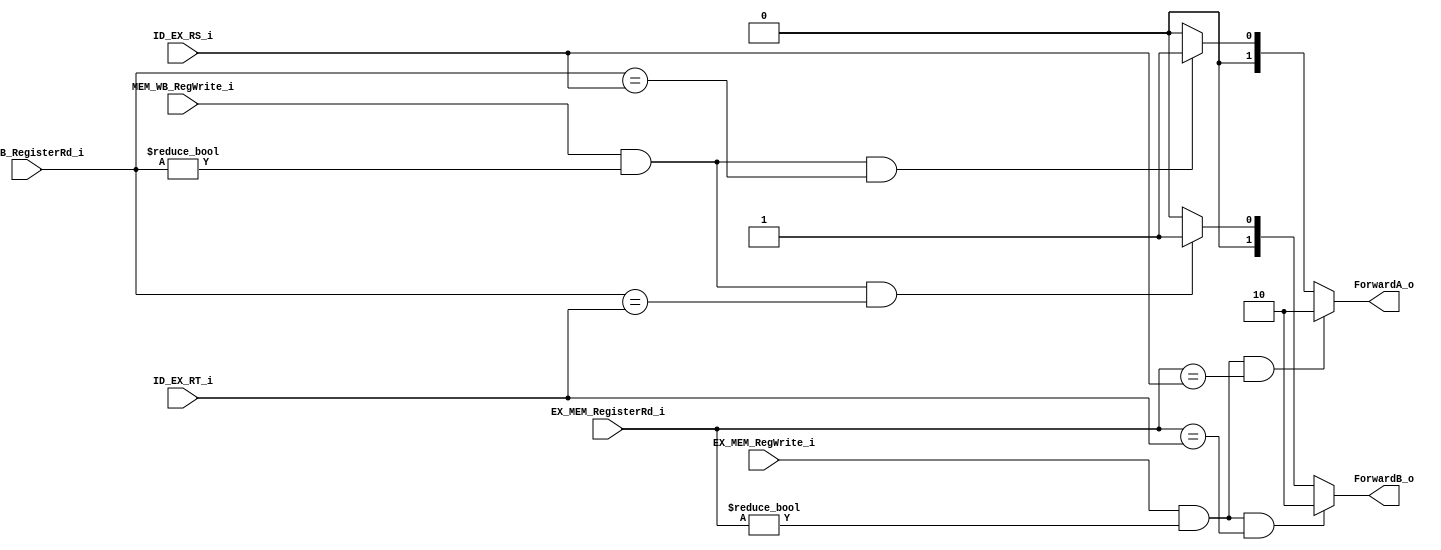
module Forwarding_Unit(
    EX_MEM_RegisterRd_i ,
    EX_MEM_RegWrite_i   ,
    MEM_WB_RegisterRd_i ,
    MEM_WB_RegWrite_i   ,
    ID_EX_RS_i ,
    ID_EX_RT_i ,
    ForwardA_o  ,
    ForwardB_o  ,
);

input   EX_MEM_RegWrite_i, MEM_WB_RegWrite_i;
input   [4:0]  EX_MEM_RegisterRd_i, MEM_WB_RegisterRd_i;
input   [4:0]  ID_EX_RS_i, ID_EX_RT_i;
output reg  [1:0]  ForwardA_o;
output reg  [1:0]  ForwardB_o;

always @(EX_MEM_RegisterRd_i or EX_MEM_RegWrite_i or MEM_WB_RegisterRd_i or MEM_WB_RegWrite_i or ID_EX_RS_i or ID_EX_RT_i) begin
    ForwardA_o <= 2'b00; 
    ForwardB_o <= 2'b00;
    if (EX_MEM_RegWrite_i == 1'b1 && EX_MEM_RegisterRd_i != 5'b0 && EX_MEM_RegisterRd_i == ID_EX_RS_i) begin
        ForwardA_o <= 2'b10; 
    end
    else if (MEM_WB_RegWrite_i == 1'b1 && MEM_WB_RegisterRd_i != 5'b0 && MEM_WB_RegisterRd_i == ID_EX_RS_i)  begin
        ForwardA_o <= 2'b01; 
    end
    else begin
        ForwardA_o <= 2'b00;
    end

    if (EX_MEM_RegWrite_i == 1'b1 && EX_MEM_RegisterRd_i != 5'b0 && EX_MEM_RegisterRd_i == ID_EX_RT_i) begin
        ForwardB_o <= 2'b10; 
    end
    else if (MEM_WB_RegWrite_i == 1'b1 && MEM_WB_RegisterRd_i != 5'b0 && MEM_WB_RegisterRd_i == ID_EX_RT_i)  begin
        ForwardB_o <= 2'b01; 
    end
    else begin
        ForwardB_o <= 2'b00;
    end
    // ForwardA_o <= (EX_MEM_RegWrite_i == 1'b1 && 
    //                 EX_MEM_RegisterRd_i != 5'b0 &&
    //                 EX_MEM_RegisterRd_i == ID_EX_RS_i) ? 2'b10 : 
    //                 (MEM_WB_RegWrite_i == 1'b1 &&
    //                 MEM_WB_RegisterRd_i != 5'b0 &&
    //                 MEM_WB_RegisterRd_i == ID_EX_RS_i) ? 2'b01 :
    //                 2'b00;
    // ForwardB_o <= (EX_MEM_RegWrite_i == 1'b1 && 
    //                 EX_MEM_RegisterRd_i != 5'b0 &&
    //                 EX_MEM_RegisterRd_i == ID_EX_RT_i) ? 2'b10 : 
    //                 (MEM_WB_RegWrite_i == 1'b1 &&
    //                 MEM_WB_RegisterRd_i != 5'b0 &&
    //                 MEM_WB_RegisterRd_i == ID_EX_RT_i) ? 2'b01 :
    //                 2'b00;
end

endmodule